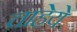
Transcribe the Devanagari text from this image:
चाहेये